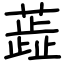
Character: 蕋